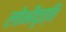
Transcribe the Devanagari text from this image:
लोभीवृत्ति